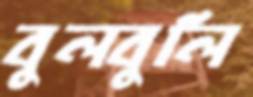
বুলবুলি